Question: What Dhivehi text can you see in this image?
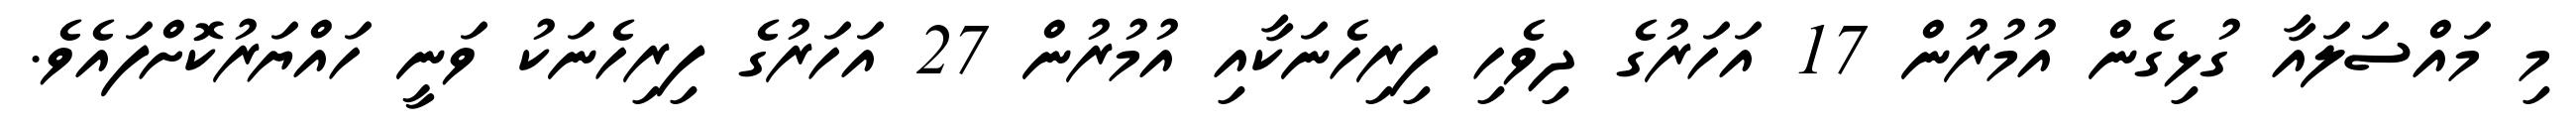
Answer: މި މައްސަލައާ ގުޅިގެން އުމުރުން 17 އަހަރުގެ ދިވެހި ފިރިހެނަކާއި އުމުރުން 27 އަހަރުގެ ފިރިހެނަކު ވަނީ ހައްޔަރުކޮށްފައެވެ.